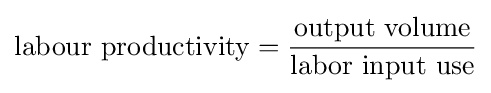
{\text{labour productivity}}={\frac {\text{output volume}}{\text{labor input use}}}